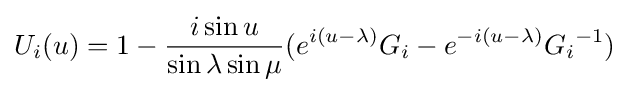
U_{i}(u)=1-{\frac {i\sin u}{\sin \lambda \sin \mu }}(e^{i(u-\lambda )}G_{i}-e^{-i(u-\lambda )}{G_{i}}^{-1})